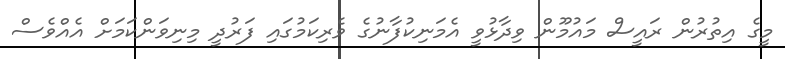
މީގެ އިތުރުން ރައީސް މައުމޫން ވިދާޅުވީ އެމަނިކުފާނުގެ ވެރިކަމުގައި ފަރުދީ މިނިވަންކަމަށް އެއްވެސް